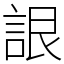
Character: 詪